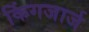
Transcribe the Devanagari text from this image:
किंगजार्ज